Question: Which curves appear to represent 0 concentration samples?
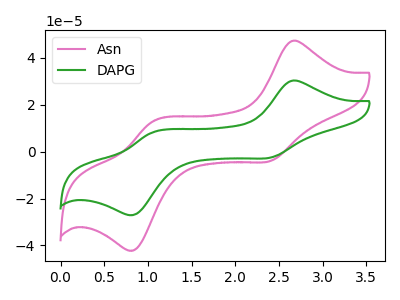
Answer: <think>The pink curve "Asn" has anodic peaks at (2.65V, 47.20uA) (1.05V, 12.90uA) and cathodic peaks at (2.40V, -3.90uA) (0.85V, -41.95uA). The green curve "DAPG" has anodic peaks at (2.65V, 30.25uA) (1.05V, 8.25uA) and cathodic peaks at (2.40V, -2.50uA) (0.85V, -26.90uA).</think>
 <answer>There are not any CV's on this graph that are likely to be blanks.</answer>
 <eval>none</eval>